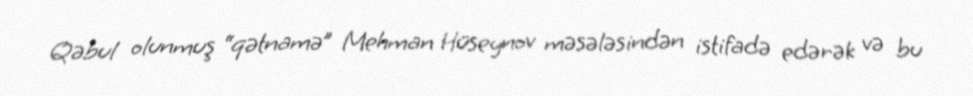
Qəbul olunmuş “qətnamə” Mehman Hüseynov məsələsindən istifadə edərək və bu